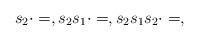
LaTeX: \begin{align*} s_2\cdot=,s_2s_1\cdot=,s_2s_1s_2\cdot=,\end{align*}